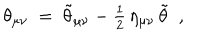
\theta _ { \mu \nu } ~ = ~ \tilde { \theta } _ { \mu \nu } - { \textstyle { \frac { 1 } { 2 } } } \, \eta _ { \mu \nu } \, \tilde { \theta } ~ ~ ,